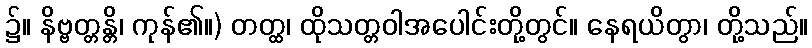
၌။ နိဗ္ဗတ္တန္တိ၊ ကုန်၏။) တတ္ထ၊ ထိုသတ္တဝါအပေါင်းတို့တွင်။ နေရယိတွာ၊ တို့သည်။